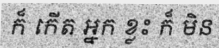
ក៏ កើត អ្នក ខ្លះ ក៏ មិន